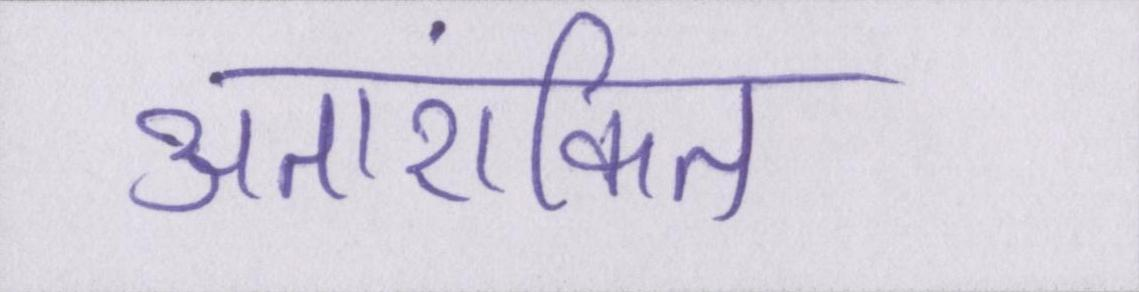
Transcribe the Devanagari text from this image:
अतारांकित